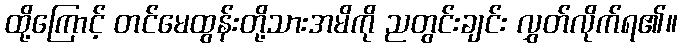
ထို့ကြောင့် တင်မေထွန်းတို့သားအမိကို ညတွင်းချင်း လွှတ်လိုက်ရ၏။